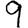
Digit: 9